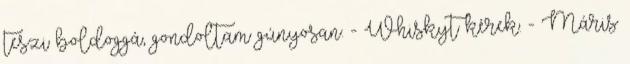
teszi boldoggá, gondoltam gúnyosan. - Whiskyt kérek. - Máris